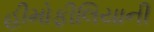
હીમોફીલિયાની